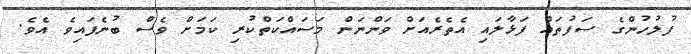
ފުލުހުންގެ ސަފުތައް ފަޅާލައި އެތެރެއަށް ވަންނަން މަސައްކަތްކުރި ކަމަށް ވެސް ބުނެފައިވެ އެވެ.